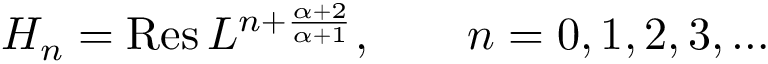
H _ { n } = \mathrm { R e s } \, L ^ { n + { \frac { \alpha + 2 } { \alpha + 1 } } } , \qquad n = 0 , 1 , 2 , 3 , \dots